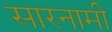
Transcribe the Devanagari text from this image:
सारनामी